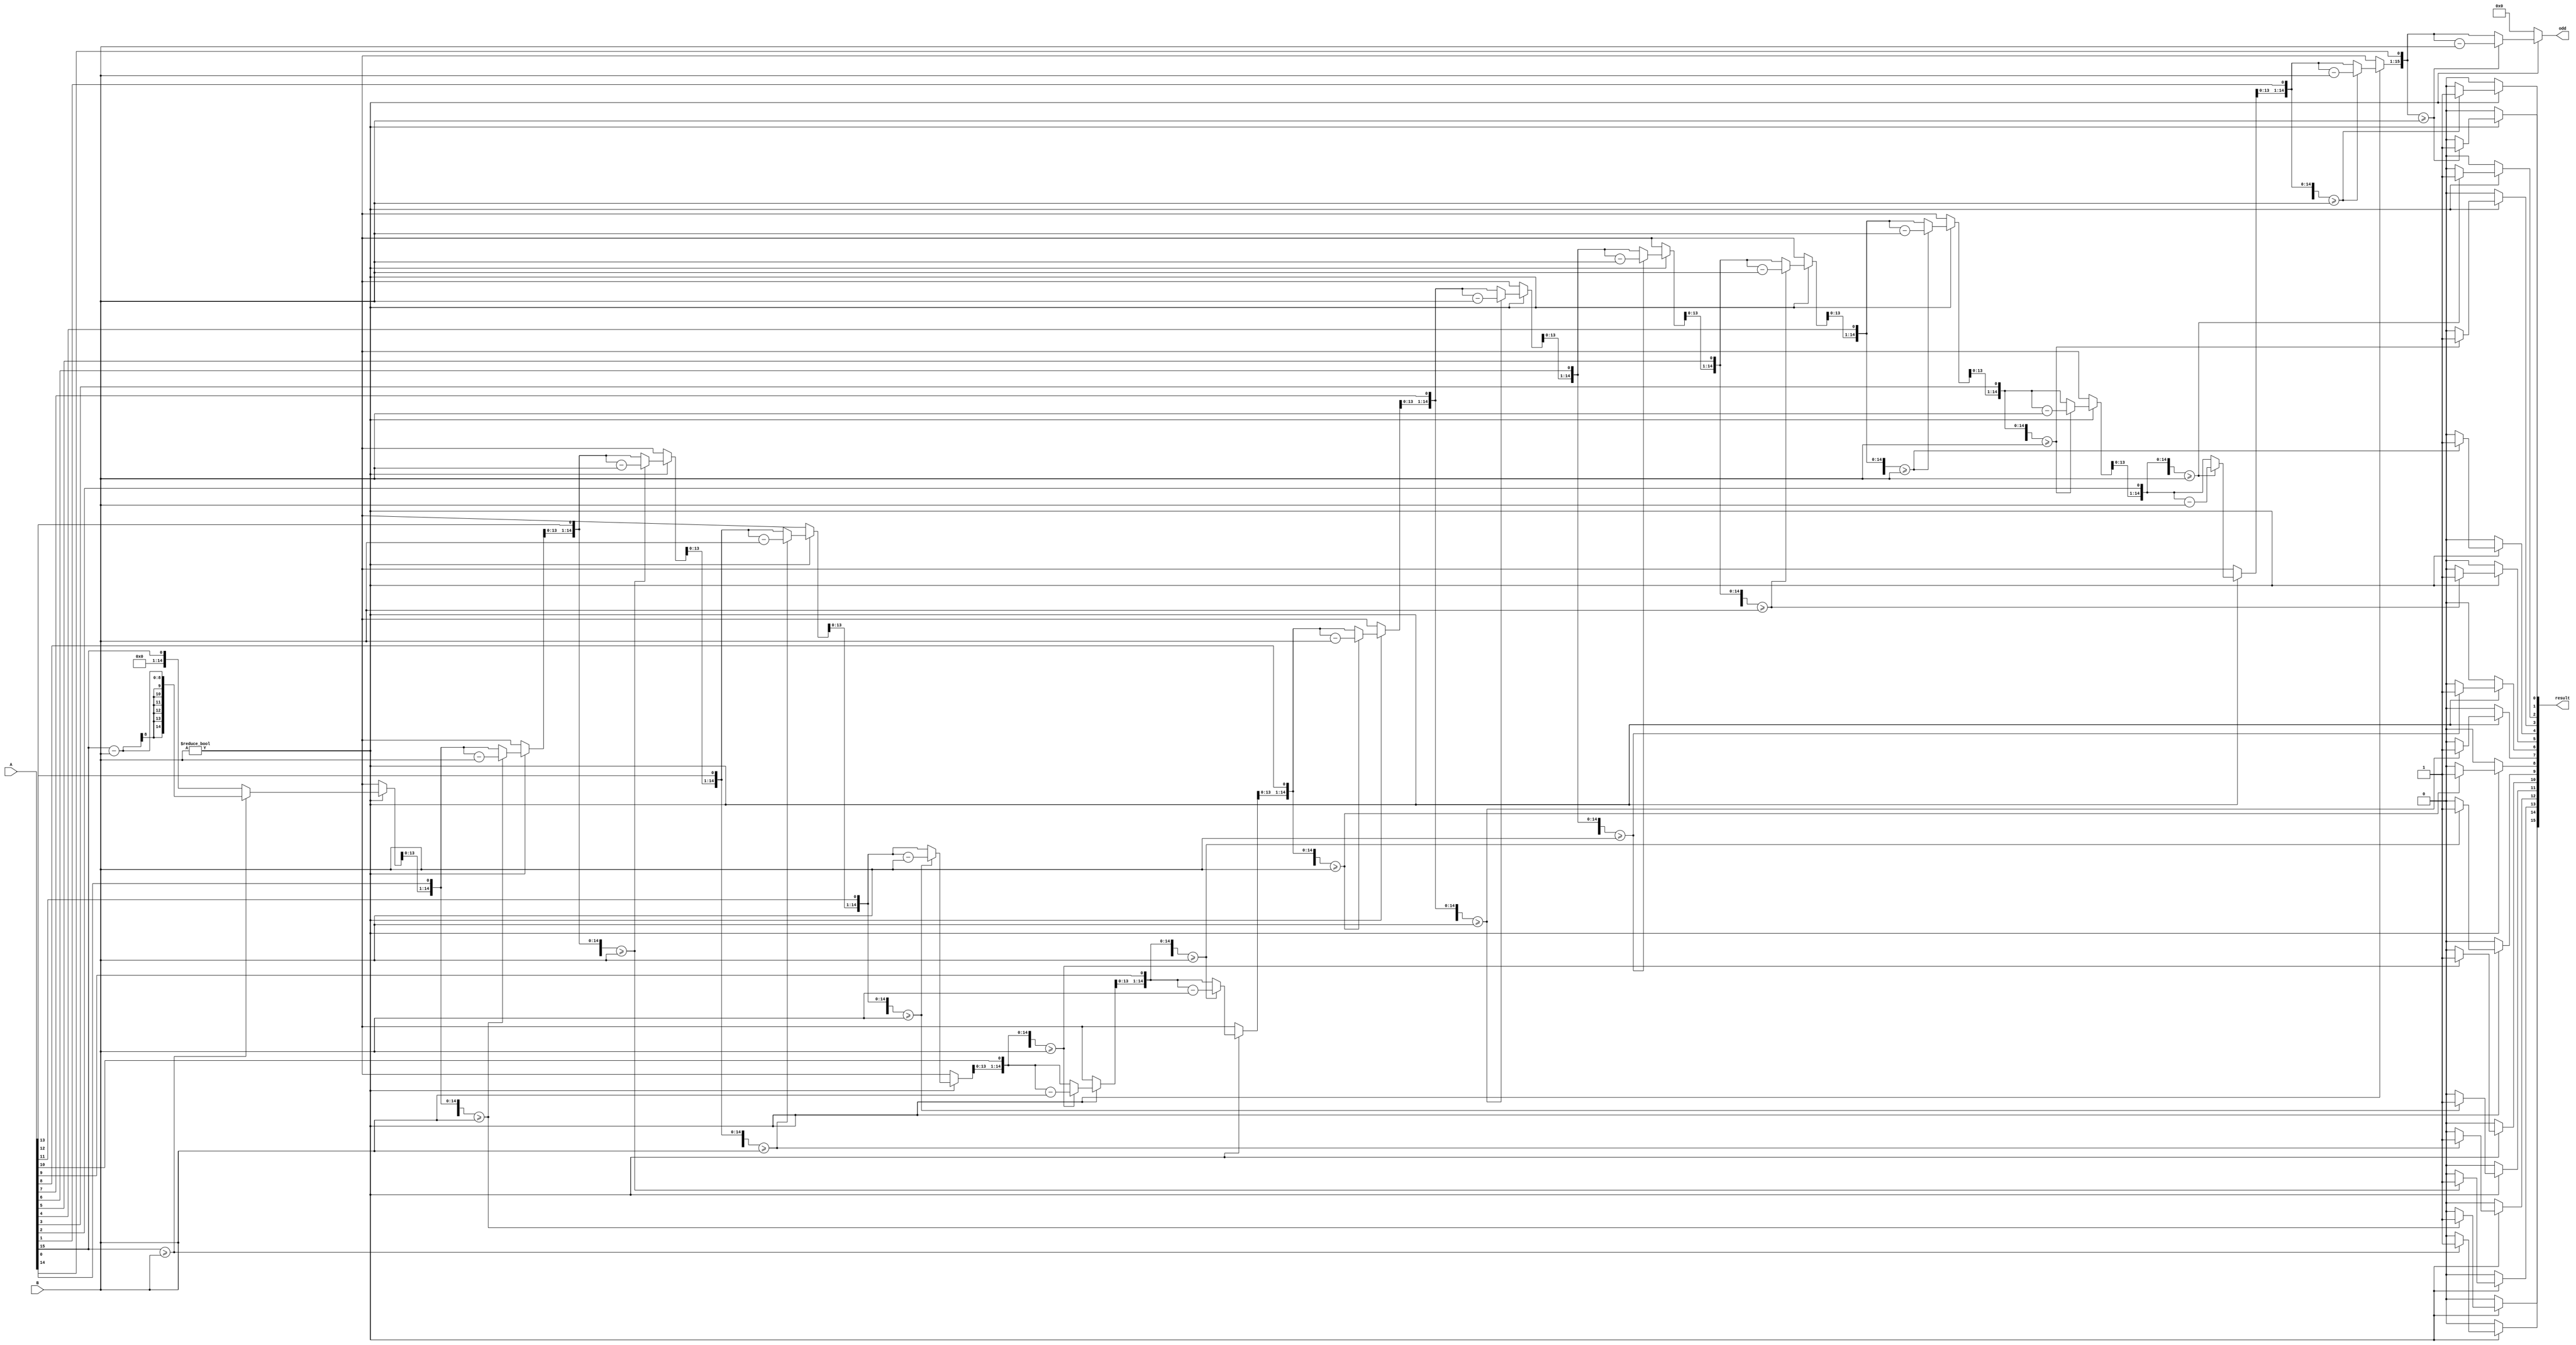
module div_16bit (
    input [15:0] A,
    input [7:0] B,
    output reg [15:0] result,
    output reg [15:0] odd
);

    // Temporary variables for intermediate values
    reg [15:0] temp_dividend;
    reg [7:0] temp_divisor;
    reg [15:0] temp_result;
    reg [15:0] temp_odd;

    integer i;

    always @* begin
        // Initial assignments
        temp_dividend = A;
        temp_divisor = B;
        temp_result = 0;
        temp_odd = 0;

        // Check for divide by zero case
        if (temp_divisor != 0) begin
            for (i = 15; i >= 0; i = i - 1) begin
                // Shift left the odd to make room for the new bit
                temp_odd = temp_odd << 1;
                // Bring down the next bit from the dividend
                temp_odd[0] = temp_dividend[i];
                // Compare the higher bits of dividend with the divisor
                if (temp_odd >= {8'b0, temp_divisor}) begin
                    // Subtract the divisor from the current portion of the dividend
                    temp_odd = temp_odd - {8'b0, temp_divisor};
                    // Set the current bit in the quotient
                    temp_result[i] = 1'b1;
                end
            end
        end else begin
            // If B is 0, it's an undefined operation, typically handled separately
            // For this example, just set result and odd to all zeros
            temp_result = 16'b0;
            temp_odd = 16'b0;
        end

        // Assign the results to the outputs
        result = temp_result;
        odd = temp_odd;
    end

endmodule